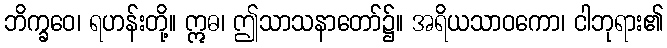
ဘိက္ခဝေ၊ ရဟန်းတို့။ ဣဓ၊ ဤသာသနာတော်၌။ အရိယသာဝကော၊ ငါဘုရား၏